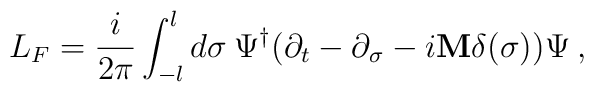
L_F = \frac{i}{2\pi} \int_{-l}^{l} d\sigma\>\Psi^\dagger \bigl(\partial_t - \partial_\sigma - i {\bf M} \delta(\sigma) \bigr) \Psi \>,